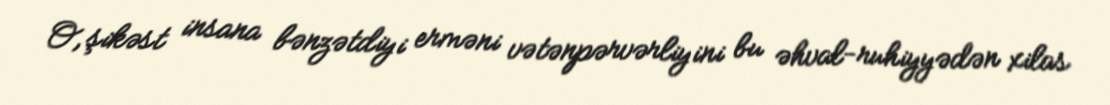
O, şikəst insana bənzətdiyi erməni vətənpərvərliyini bu əhval-ruhiyyədən xilas